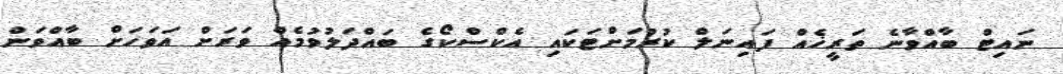
ނައިޓް ބާއްވާނެ ތަރީޚެއް ފައިނަލް ކުރުމަށްޓަކައި އެކްސްކޯގެ ބައްދަލުވުމެއް ވަރަށް އަވަހަށް ބާއްވަން